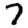
Digit: 7